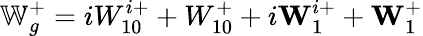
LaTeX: \mathbb{W}_{g}^{+}=iW_{10}^{i+}+W_{10}^{+}+i\textbf{W}_{1}^{i+}+\textbf{W}_{1}^{+}